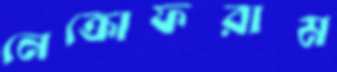
নেক্রোফরাম